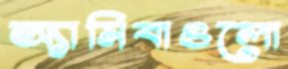
অ্যামিবাগুলো